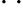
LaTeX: \cdot\ \cdot